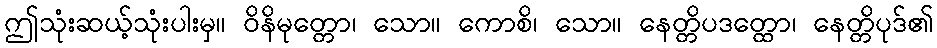
ဤသုံးဆယ့်သုံးပါးမှ။ ဝိနိမုတ္တော၊ သော။ ကောစိ၊ သော။ နေတ္တိပဒတ္ထော၊ နေတ္တိပုဒ်၏